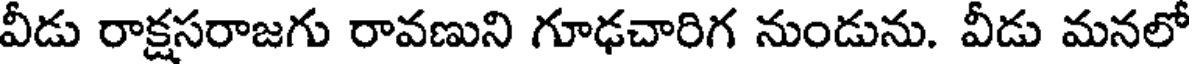
వీడు రాక్షసరాజగు రావణుని గూఢచారిగ నుండును. వీడు మనలో